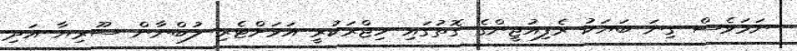
ނަމަވެސް ގިނަ ބަޔަކު ރެފިއުޖީންގެ ގޮތުގައި ހިޖްރަކުރީ އަވަށްޓެރި ލުބްނާން ސޫރިޔާ އަދި